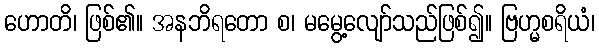
ဟောတိ၊ ဖြစ်၏။ အနဘိရတော စ၊ မမွေ့လျော်သည်ဖြစ်၍။ ဗြဟ္မစရိယံ၊